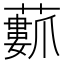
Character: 𮒢